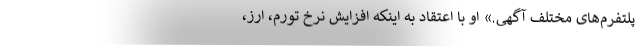
پلتفرم‌های مختلف آگهی.» او با اعتقاد به اینکه افزایش نرخ تورم، ارز،